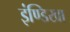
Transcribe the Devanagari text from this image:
इंण्डिखा